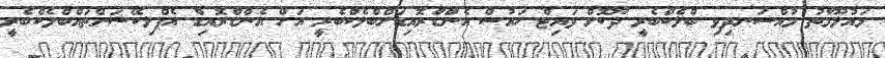
މައުލޫމާތު މުއްސަނދިވި ބްލެކްބެރީ ދޫކޮށް ވައިޓް ހައުސް އެންޑްރޮއިޑަށްބްލެކްބެރީ އަށް އެންޑްރޮއިޑް އެޕްލިކޭޝަންތައްބްލެކްބެރީ